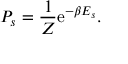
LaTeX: P _ { s } = { \frac { 1 } { Z } } \mathrm { e } ^ { - \beta E _ { s } } .